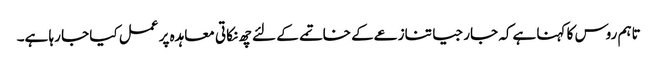
تاہم روس کا کہنا ہےکہ جارجیا تنازعےکے خاتمے کے لئے چھ نکاتی معاہدہ پر عمل کیا جا رہا ہے۔